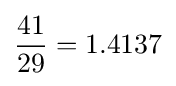
{\frac {41}{29}}=1.4137